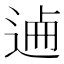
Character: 𨓘